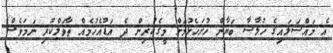
އެ މައްސަލައިގެ ޚުލާސާ ބަޔާން ހުށަހެޅުމަށް މީގެކުރިން ދެ އަޑުއެހުމެއް ތާވަލްކުރި ނަމަވެސް